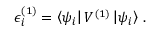
\epsilon _ { i } ^ { ( 1 ) } = \left\langle \psi _ { i } \right| V ^ { ( 1 ) } \left| \psi _ { i } \right\rangle \, .